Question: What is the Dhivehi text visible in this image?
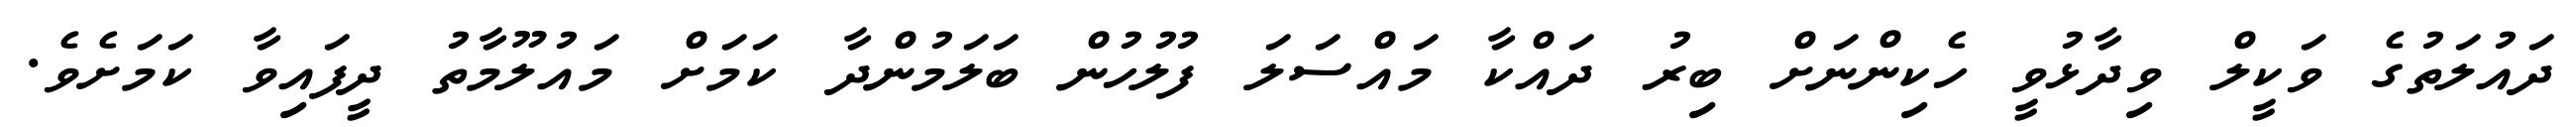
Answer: ދައުލަތުގެ ވަކީލް ވިދާޅުވީ ހެކިންނަށް ބިރު ދައްކާ މައްސަލަ ފުލުހުން ބަލަމުންދާ ކަމަށް މައުލޫމާތު ދީފައިވާ ކަމަށެވެ.